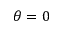
\theta = 0